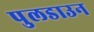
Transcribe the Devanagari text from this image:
पुलडाउन